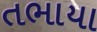
તભાયા